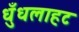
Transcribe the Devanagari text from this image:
धुँधलाहट